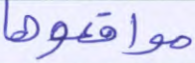
مواقعوها